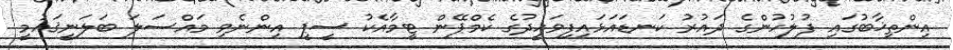
އިންތިޚާބުގައި ފުލުހުންގެ ދައުރު ކަނޑައަޅައިފިވަހީދުގެ ކެމްޕޭން ޓީމާއެކު ސީޕީ އިންނެވި މައްސަލަ ބަލަނީޤައުމީ